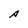
Character: A